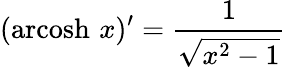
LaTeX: (\operatorname{arcosh}\, x)^{\prime}={\frac{1}{\sqrt{x^{2}-1}}}